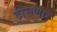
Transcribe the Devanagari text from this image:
दीसणारं